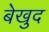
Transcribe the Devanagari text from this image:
बेखुद